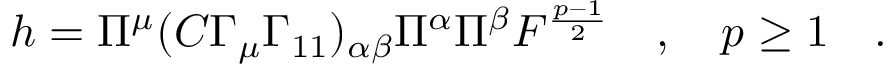
h = \Pi ^ { \mu } ( C \Gamma _ { \mu } \Gamma _ { 1 1 } ) _ { \alpha \beta } \Pi ^ { \alpha } \Pi ^ { \beta } { \cal F } ^ { \frac { p - 1 } { 2 } } \quad , \quad p \geq 1 \quad .